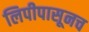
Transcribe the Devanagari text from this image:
लिपीपासूनच